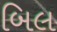
બિલ